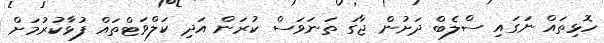
ހޮޅިތައް ނަގައި ސްލެބް ދަށުން ޖާގަ ތަނަވަސް ކުރަން އަދި ކަލްވަޓްތައް ފުޅާކުރުމަށް